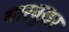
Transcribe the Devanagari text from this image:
यारबुख़र